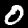
Digit: 0